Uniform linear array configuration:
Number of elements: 24
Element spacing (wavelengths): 0.25
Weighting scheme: uniform
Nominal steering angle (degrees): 45
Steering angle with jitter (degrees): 44.626
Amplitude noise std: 0.05
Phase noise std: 0.05

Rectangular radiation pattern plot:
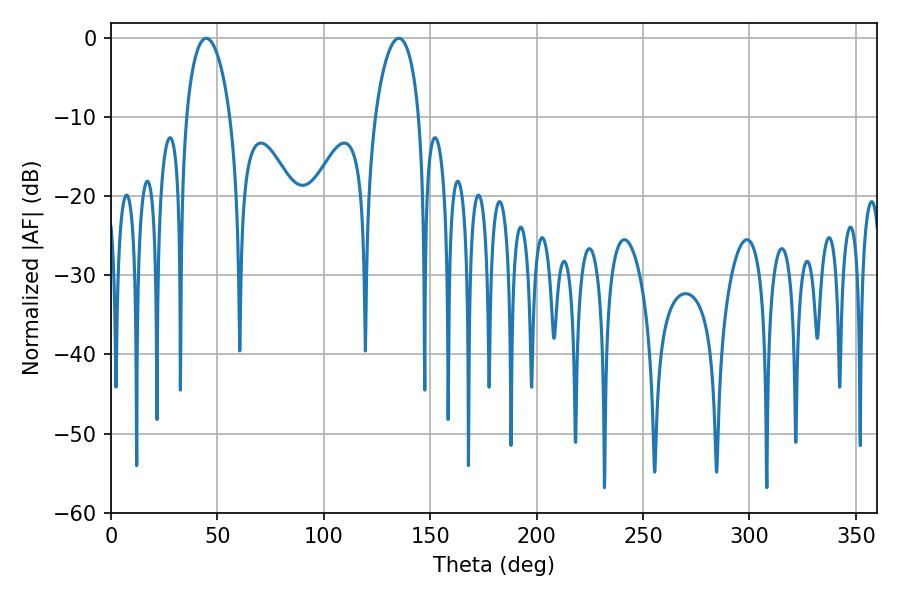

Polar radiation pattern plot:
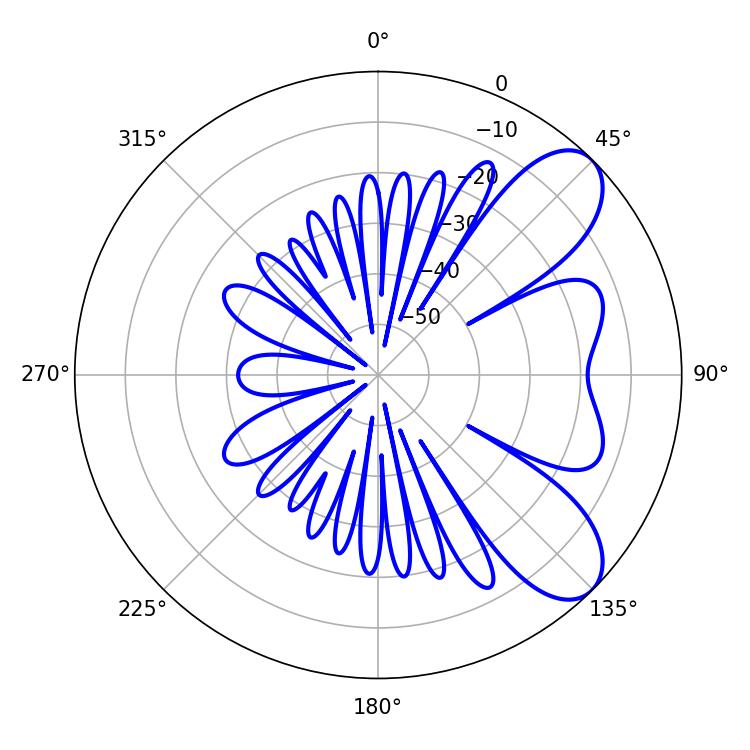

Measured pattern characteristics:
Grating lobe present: FALSE
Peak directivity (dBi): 7.778
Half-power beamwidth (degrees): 11.7
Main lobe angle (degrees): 44.82